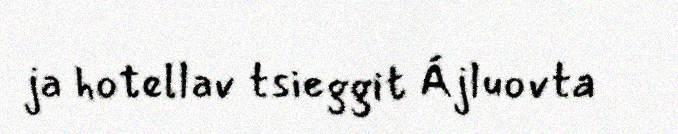
ja hotellav tsieggit Ájluovta